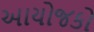
આયોજકો